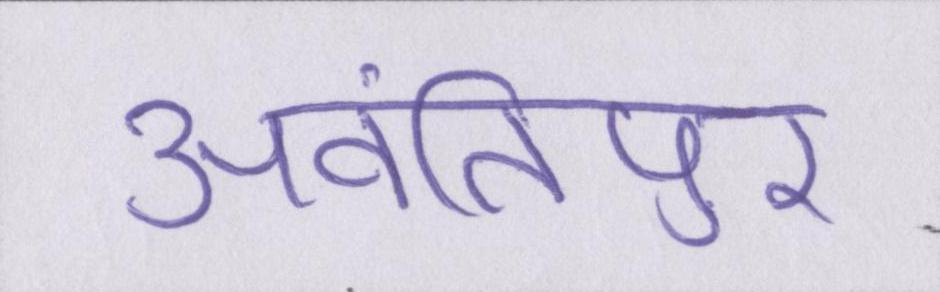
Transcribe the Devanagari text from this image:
अवंतिपुर